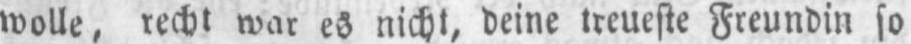
wolle, recht war es nicht, deine treueste Freundin so